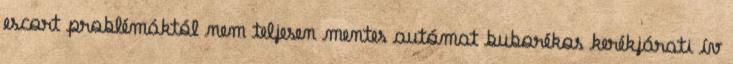
escort problémáktól nem teljesen mentes autómat buborékos kerékjárati ív